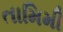
તામિમી